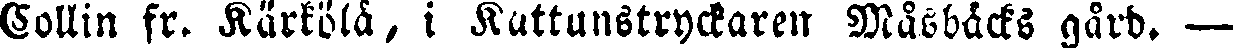
Collin fr. Kärkölä, i Kattunstryckaren Måsbäcks gård. —